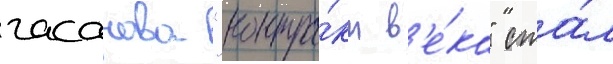
гасанова "контра́кт в'е́ка" ста́л